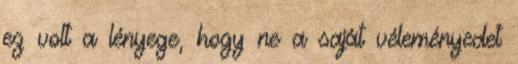
ez volt a lényege, hogy ne a saját véleményedet